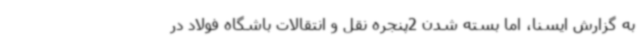
به گزارش ایسنا، اما بسته شدن 2پنجره نقل و انتقالات باشگاه فولاد در